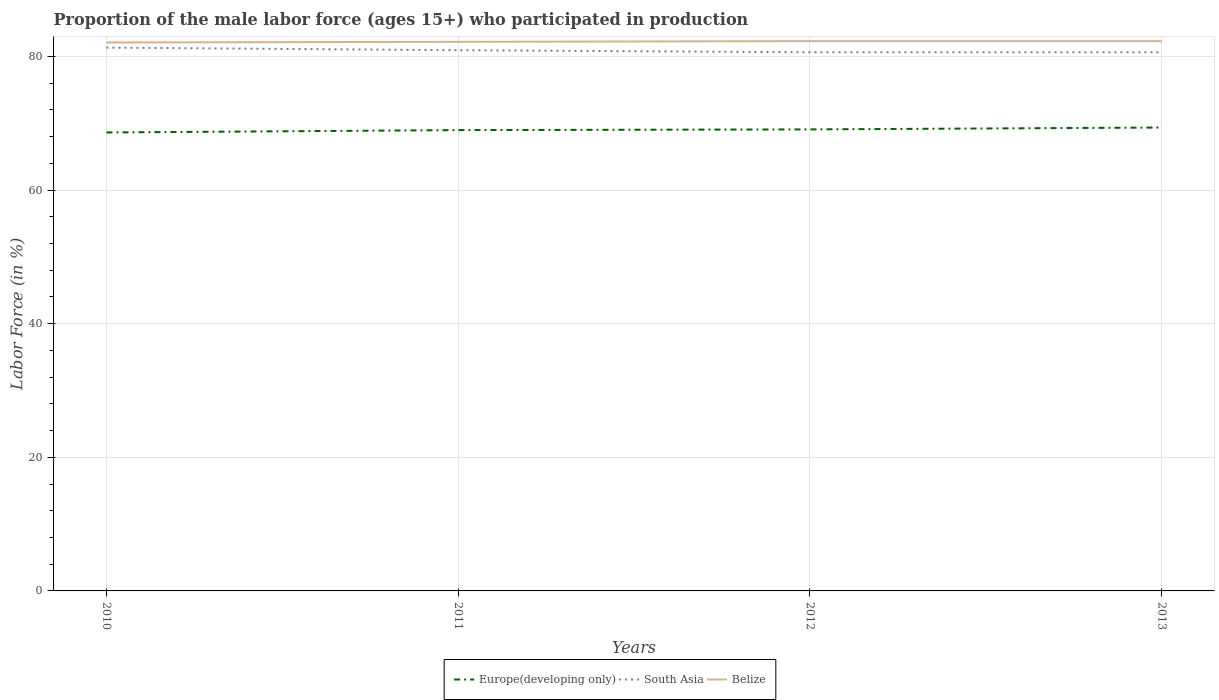
| Years | Europe(developing only) | South Asia | Belize |
 | --- | --- | --- | --- |
 | 2010 | 68.6 | 81.3 | 82.1 |
 | 2011 | 69 | 80.9 | 82.2 |
 | 2012 | 69.1 | 80.6 | 82.3 |
 | 2013 | 69.4 | 80.6 | 82.3 |